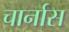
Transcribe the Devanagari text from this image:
चार्नास